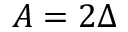
A = 2 \Delta